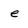
Character: e